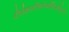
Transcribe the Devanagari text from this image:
दीर्घकालविमलैर्व्यादिप्रदैर्दुष्करैः